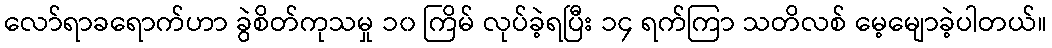
လော်ရာခရောက်ဟာ ခွဲစိတ်ကုသမှု ၁၀ ကြိမ် လုပ်ခဲ့ရပြီး ၁၄ ရက်ကြာ သတိလစ် မေ့မျောခဲ့ပါတယ်။